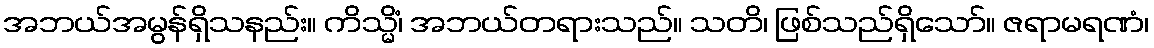
အဘယ်အမွန်ရှိသနည်း။ ကိသ္မိံ၊ အဘယ်တရားသည်။ သတိ၊ ဖြစ်သည်ရှိသော်။ ဇရာမရဏံ၊